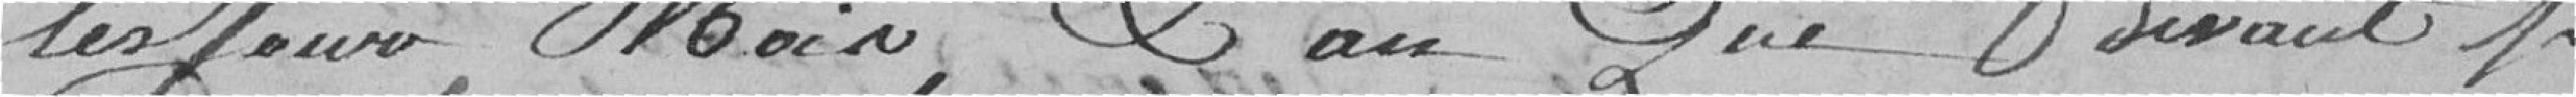
les jour, mois, l'an que desvant